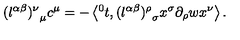
{ ( l ^ { \alpha \beta } ) ^ { \nu } } _ { \mu } c ^ { \mu } = - \left\langle { ^ 0 t } , { ( l ^ { \alpha \beta } ) ^ { \rho } } _ { \sigma } x ^ { \sigma } \partial _ { \rho } w x ^ { \nu } \right\rangle .